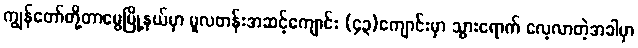
ကျွန်တော်တို့တာမွေမြို့နယ်မှာ မူလတန်းအဆင့်ကျောင်း (၄၃)ကျောင်းမှာ သွားရောက် လေ့လာတဲ့အခါမှာ